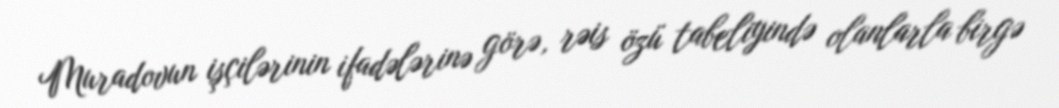
Muradovun işçilərinin ifadələrinə görə, rəis özü tabeliyində olanlarla birgə